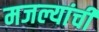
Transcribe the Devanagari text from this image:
मजल्यांची